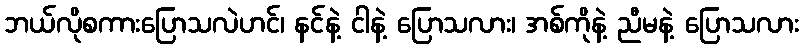
ဘယ်လိုစကားပြောသလဲဟင်၊ နင်နဲ့ ငါနဲ့ ပြောသလား၊ အစ်ကိုနဲ့ ညီမနဲ့ ပြောသလား